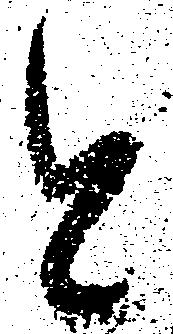
と